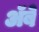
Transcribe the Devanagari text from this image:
ॲबे